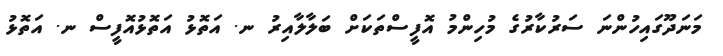
މަނަދޫގައިހުންނަ ސަރުކާރުގެ މުހިންމު އޮފީސްތަކަށް ބަލާލާއިރު ނ. އަތޮޅު އަތޮޅުއޮފީސް ނ. އަތޮޅު